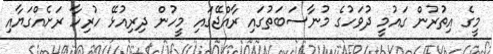
މީގެ އިތުރުން ގައުމީ ދުވަހުގެ މުނާސަބަތުގައި ރާއްޖޭގައި މީހުން ދިރިއުޅޭ ހުރިހާ ރަށެއްގަޔާއި